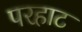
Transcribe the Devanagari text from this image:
परहाट